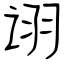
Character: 诩